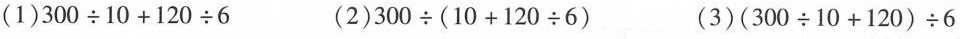
(1) $$3 0 0 \div 1 0 + 1 2 0 \div 6$$ (2) $$3 0 0 \div ( 1 0 + 1 2 0 \div 6 )$$ (3) $$( 3 0 0 \div 1 0 + 1 2 0 ) \div 6$$